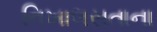
નિખાલસતાના